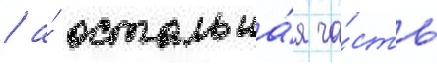
/ а́ остальна́я ча́сть